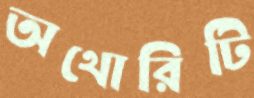
অথোরিটি